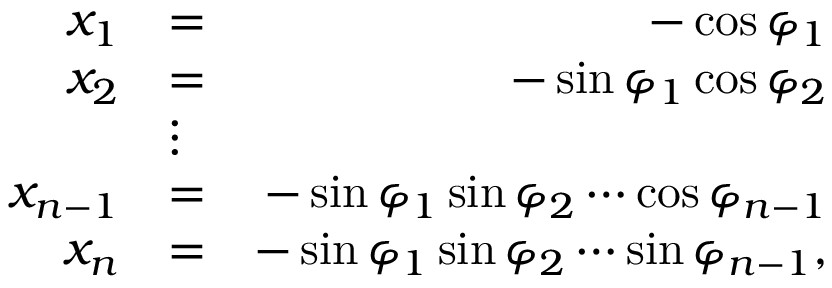
\begin{array} { r l r } { x _ { 1 } } & { = } & { - \cos \varphi _ { 1 } } \\ { x _ { 2 } } & { = } & { - \sin \varphi _ { 1 } \cos \varphi _ { 2 } } \\ & { \vdots } & \\ { x _ { n - 1 } } & { = } & { - \sin \varphi _ { 1 } \sin \varphi _ { 2 } \cdots \cos \varphi _ { n - 1 } } \\ { x _ { n } } & { = } & { - \sin \varphi _ { 1 } \sin \varphi _ { 2 } \cdots \sin \varphi _ { n - 1 } , } \end{array}